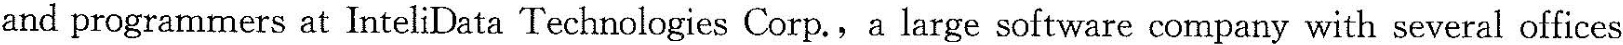
and programmers at InteliData Technologies Corp.,a large software company with several offices